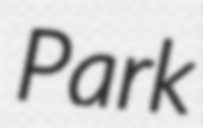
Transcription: Park